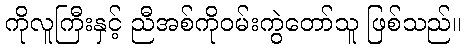
ကိုလူကြီးနှင့် ညီအစ်ကိုဝမ်းကွဲတော်သူ ဖြစ်သည်။